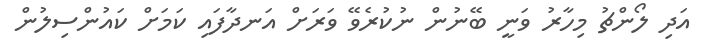
އަދި ލޯންޗު މިހާރު ވަނީ ބޭނުން ނުކުރެވޭ ވަރަށް އަނދާފައި ކަމަށް ކައުންސިލުން